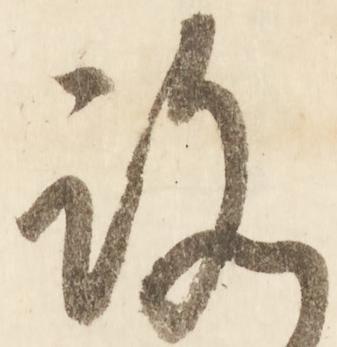
ろ